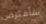
سأفترض